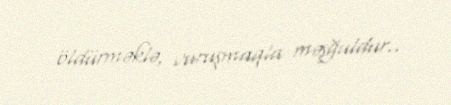
öldürməklə, vuruşmaqla məşğuldur..